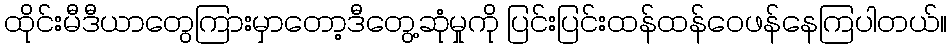
ထိုင်းမီဒီယာတွေကြားမှာတော့ဒီတွေ့ဆုံမှုကို ပြင်းပြင်းထန်ထန်ဝေဖန်နေကြပါတယ်။